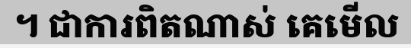
។ ជាការពិតណាស់ គេមើល